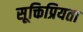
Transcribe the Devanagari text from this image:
सूक्तिप्रियता